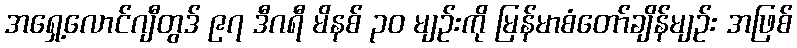
အရှေ့လောင်ဂျီတွဒ် ၉၇ ဒီဂရီ မိနစ် ၃၀ မျဉ်းကို မြန်မာစံတော်ချိန်မျဉ်း အဖြစ်